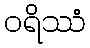
ဝရိဿံ